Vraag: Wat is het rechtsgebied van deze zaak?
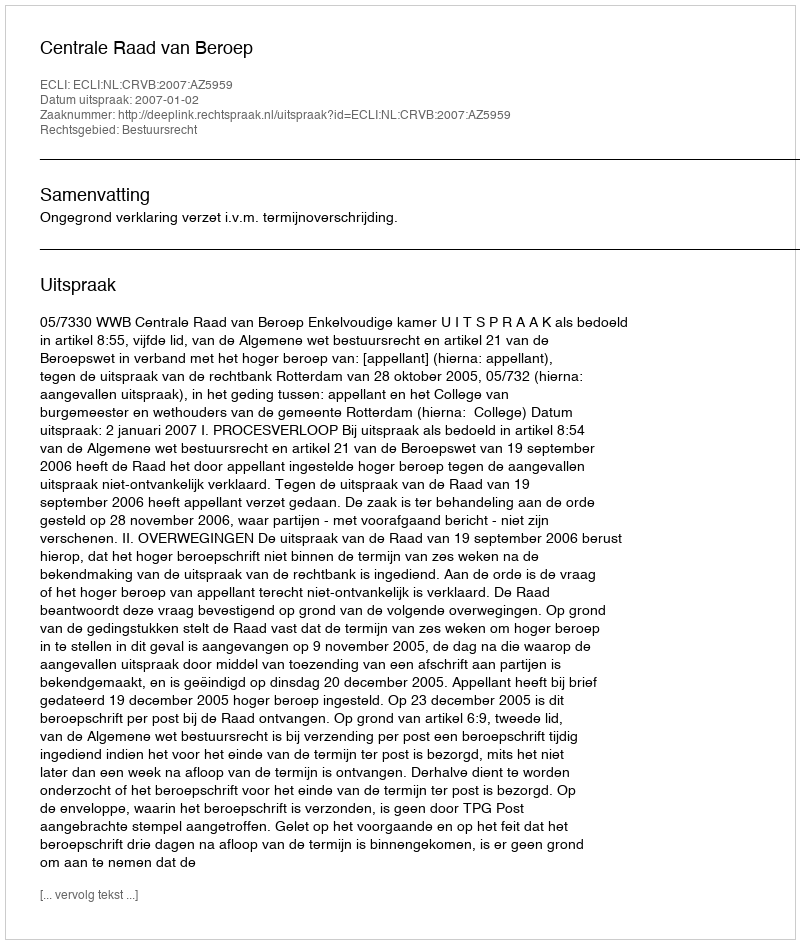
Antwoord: Bestuursrecht